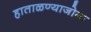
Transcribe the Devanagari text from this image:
हाताळण्याजोगा